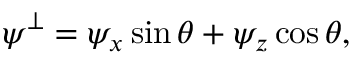
\psi ^ { \bot } = \psi _ { x } \sin \theta + \psi _ { z } \cos \theta ,